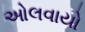
ઓલવાયો